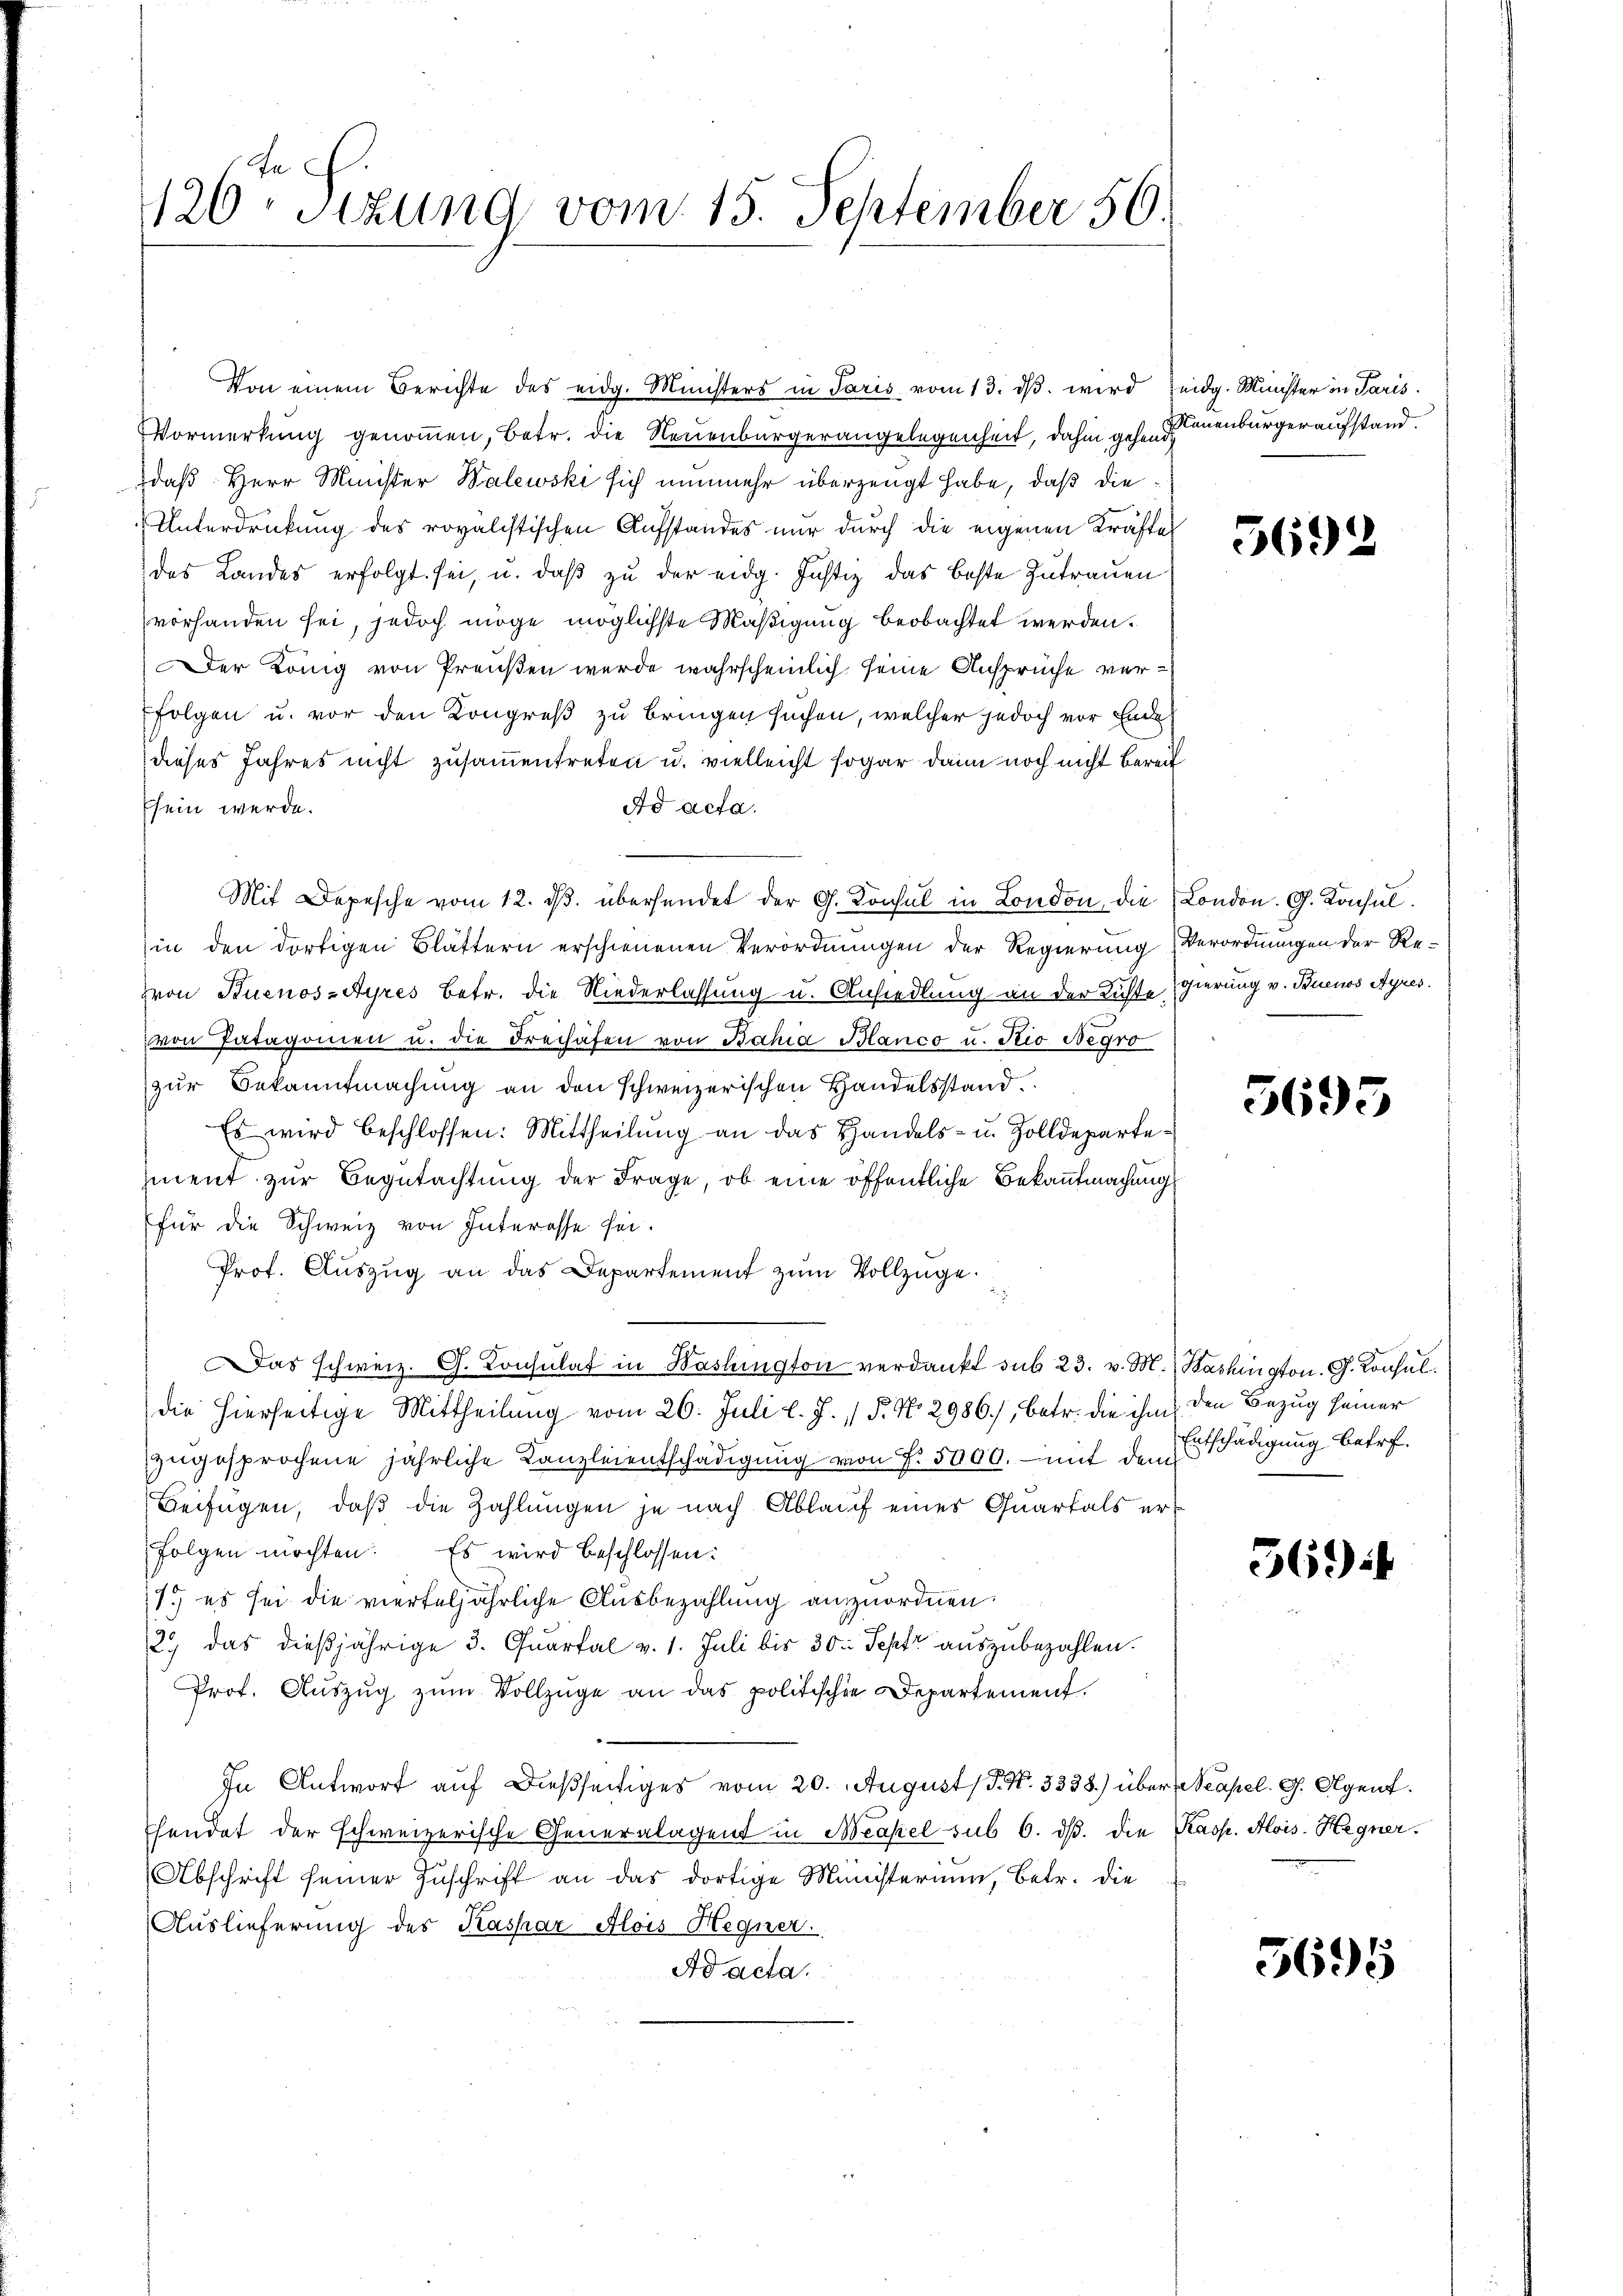
126. Sitzung vom 15. September 56

Vormerkung genommen, betr. die Neuenburgerangelegenheit, dahin gehend
daß Herr Minister Walewski sich nunmehr überzeugt habe, daß die
Unterdrückung des royalistischen Aufstandes nur durch die eigenen Kräftes
das Landes erfolgt sei, u. daß zu der eidg. Justiz das beste Zutrauen
vorhanden sei, jedoch möge möglichste Mäßigung beobachtet werden.
Der König von Preußen wurde wahrscheinlich seine Ansprüche verfolgen u. vor den Kongreß zu bringen suchen, welcher jedoch vor Ende
dieses Jahres nicht zusammentreten u. vielleicht sogar dann noch nicht bereit
sein werde.
Ad acta.
Mit Depesche vom 12. dβ. übersendet der G. Konsul in London, die London. G. Konsulin den dortigen Blättern erschienenen Verordnungen der Regierung Verordnungen der Revon Buenos-Ayres Betr. die Niederlassung u. Ansiedlung an der Richte gierung v. Buenos Ayres.
von Patagonien u. die Freihafen von Bahia Blanco u. Stio Negro
zur Bekanntmachung an den schweizerischen Handelsstand.
Es wird beschlossen: Mittheilŭng an das Handels- u. Zolldeparte
zment zur Begutachtung der Frage, ob eine öffentliche Bekanntmachung
für die Schweiz von Interesse sei.
Prof. Auszug an das Departement zum Vollzüge.
Das schweiz. G. Consulat in Washington verdankt sub 23. v. M. Bashington. G. Konsul
die hierseitige Mittheilung vom 26. Juli l. J. 1. No. 2986), betr. die ihm / den Bezug seiner
zugesprochene jährliche Kanzleientschädigung von f. 5000. mit dem
Beifügen, daß die Zahlungen je nach Ablauf eines Quartals erfolgen möchten. Es wird beschlossen:
1.) es sei die vierteljährliche Ausbezahlung anzuordnen.
12. das dießjährige 3. Quartal v. 1. Juli bis 30 Sept auszubezahlen.
Prof. Auszug zum Vollzüge an das politischie Departement.
In Antwort auf dießseitiges vom 20. August (S. Nr. 3338) über Neapel. G. Olgent
hendet der schweizerische Generalagent in Neapel sub 6. ds. die Kasp. Alois. Hegner.
Abschrift seiner Zuschrift an das dortige Ministerium, betr. die
Auslieferung des Kaspar Alois Hegner.
Ad acta.

Von einem Berichte des eidg. Ministers in Paris vom 13. dβ. wird eidg. Minister in Paris.

Neuenburgeraufstand.

5692

5695

Entschädigung betref¬

36) i

5695